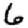
Digit: 6